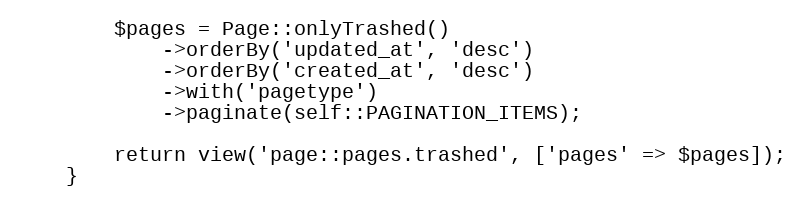
Language: PHP
        $pages = Page::onlyTrashed()
            ->orderBy('updated_at', 'desc')
            ->orderBy('created_at', 'desc')
            ->with('pagetype')
            ->paginate(self::PAGINATION_ITEMS);

        return view('page::pages.trashed', ['pages' => $pages]);
    }